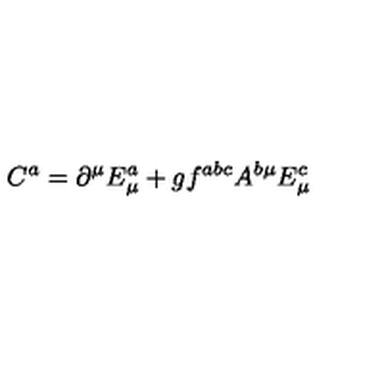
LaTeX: C ^ { a } = \partial ^ { \mu } E _ { \mu } ^ { a } + g f ^ { a b c } A ^ { b \mu } E _ { \mu } ^ { c }